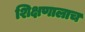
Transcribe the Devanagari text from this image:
शिक्षणालाच